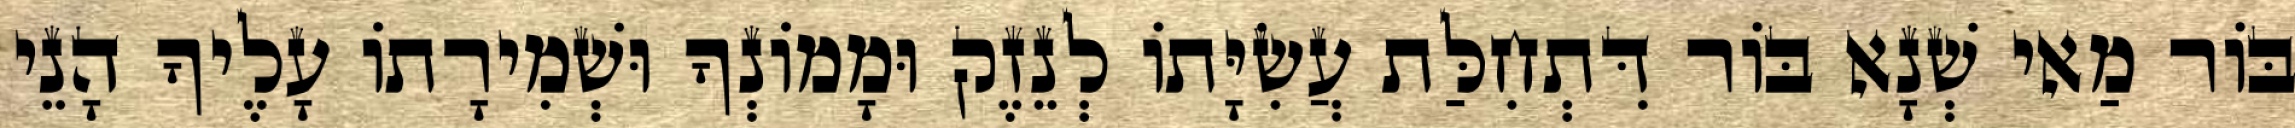
בּוֹר מַאי שְׁנָא בּוֹר דִּתְחִלַּת עֲשִׂיָּתוֹ לְנֵזֶק וּמָמוֹנְךָ וּשְׁמִירָתוֹ עָלֶיךָ הָנֵי